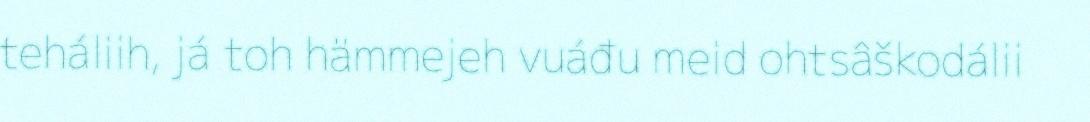
teháliih, já toh hämmejeh vuáđu meid ohtsâškodálii